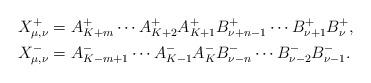
LaTeX: \begin{align*} X^+_{\mu,\nu} &= A^+_{K+m} \cdots A^+_{K+2} A^+_{K+1} B^+_{\nu+n-1} \cdots B^+_{\nu+1} B^+_{\nu}, \\ X^-_{\mu,\nu} &= A^-_{K-m+1} \cdots A^-_{K-1} A^-_K B^-_{\nu-n} \cdots B^-_{\nu-2} B^-_{\nu-1}. \end{align*}